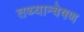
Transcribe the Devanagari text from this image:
तथ्यान्वेषण